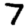
Digit: 7